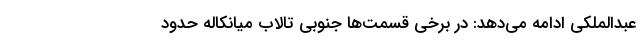
عبدالملکی ادامه می‌دهد: در برخی قسمت‌ها جنوبی تالاب میانکاله حدود